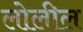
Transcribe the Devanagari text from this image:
लोलील